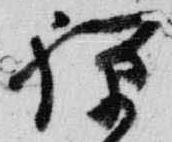
禅